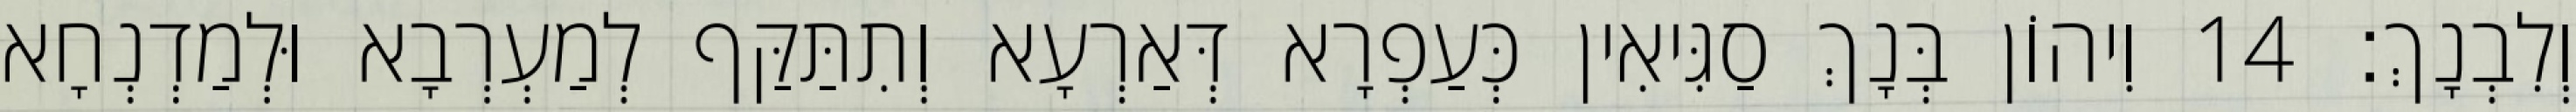
וְלִבְנָךְ׃ 14 וִיהוֹן בְּנָךְ סַגִּיאִין כְּעַפְרָא דְּאַרְעָא וְתִתַּקַּף לְמַעְרְבָא וּלְמַדְנְחָא